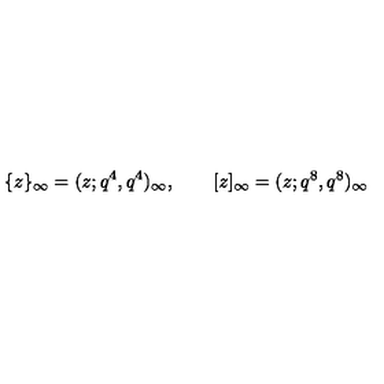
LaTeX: \{ z \} _ { \infty } = ( z ; q ^ { 4 } , q ^ { 4 } ) _ { \infty } , \qquad [ z ] _ { \infty } = ( z ; q ^ { 8 } , q ^ { 8 } ) _ { \infty }